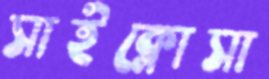
সাইক্লোসা